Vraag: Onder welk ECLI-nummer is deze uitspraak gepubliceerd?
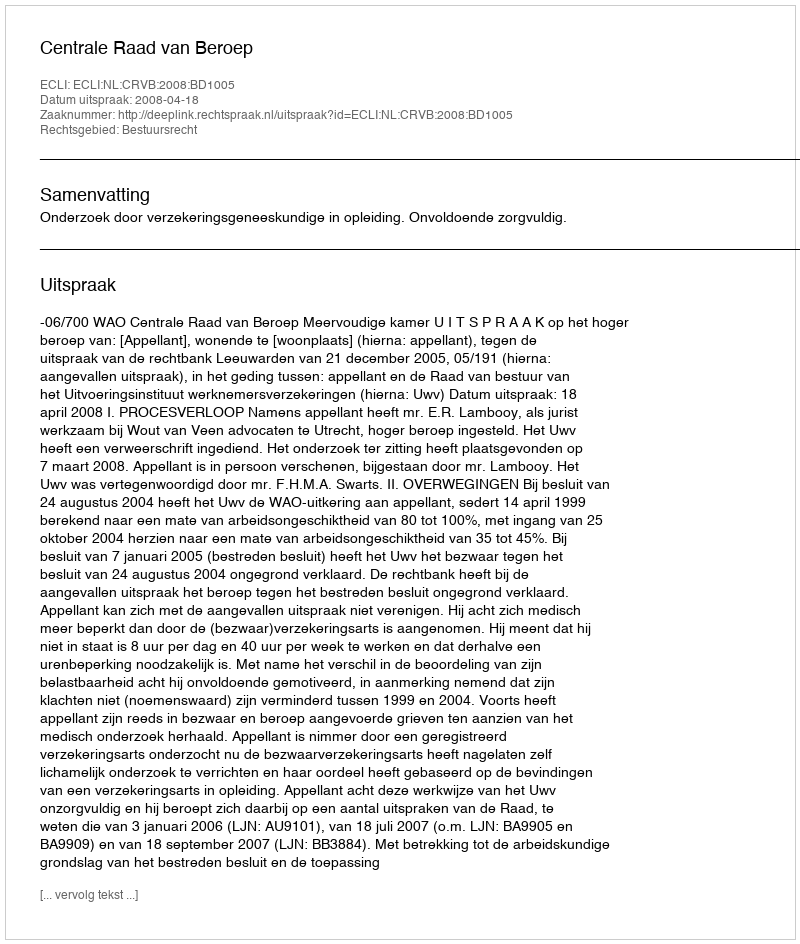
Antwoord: ECLI:NL:CRVB:2008:BD1005